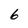
Character: 6